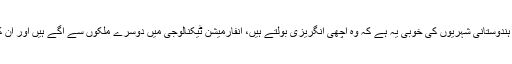
چندرابابو نائیڈو کا ماننا ہے کہ ہندوستانی شہریوں کی خوبی یہ ہے کہ وہ اچھی انگریزی بولتے ہیں، انفارمیشن ٹیکنالوجی میں دوسرے ملکوں سے آگے ہیں اور ان کے یہاں وسائل کی بھرمار ہے۔